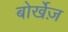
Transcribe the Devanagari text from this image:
बोर्खेज़